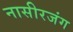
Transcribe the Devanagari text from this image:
नासीरजंग